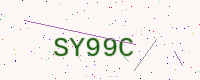
Text: SY99C